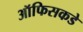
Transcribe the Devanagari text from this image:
ऑफिसकडे